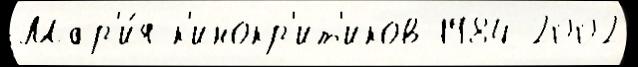
Мар'и́я к'инокр'ит'иков 1984 2002